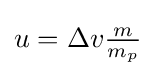
{\textstyle u=\Delta v{\tfrac {m}{m_{p}}}}